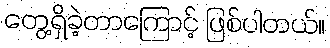
တွေ့ရှိခဲ့တာကြောင့် ဖြစ်ပါတယ်။